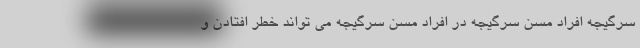
سرگیجه افراد مسن سرگیجه در افراد مسن سرگیجه می تواند خطر افتادن و